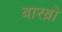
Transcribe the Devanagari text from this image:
बारब्रो